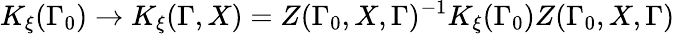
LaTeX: K_{\xi}(\Gamma_{0})\rightarrow K_{\xi}(\Gamma,X)=Z(\Gamma_{0},X,\Gamma)^{-1}K_{\xi}(\Gamma_{0})Z(\Gamma_{0},X,\Gamma)